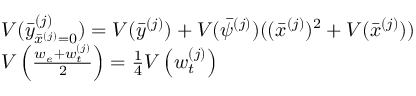
\begin{array} { r l } & { V ( \bar { y } _ { \bar { x } ^ { ( j ) } = 0 } ^ { ( j ) } ) = V ( \bar { y } ^ { ( j ) } ) + V ( \bar { \psi } ^ { ( j ) } ) ( ( \bar { x } ^ { ( j ) } ) ^ { 2 } + V ( \bar { x } ^ { ( j ) } ) ) } \\ & { V \left( \frac { w _ { e } + w _ { t } ^ { ( j ) } } { 2 } \right) = \frac { 1 } { 4 } V \left( w _ { t } ^ { ( j ) } \right) } \end{array}